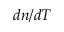
d n / d T